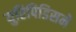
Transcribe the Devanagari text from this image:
युरिपिडिसने